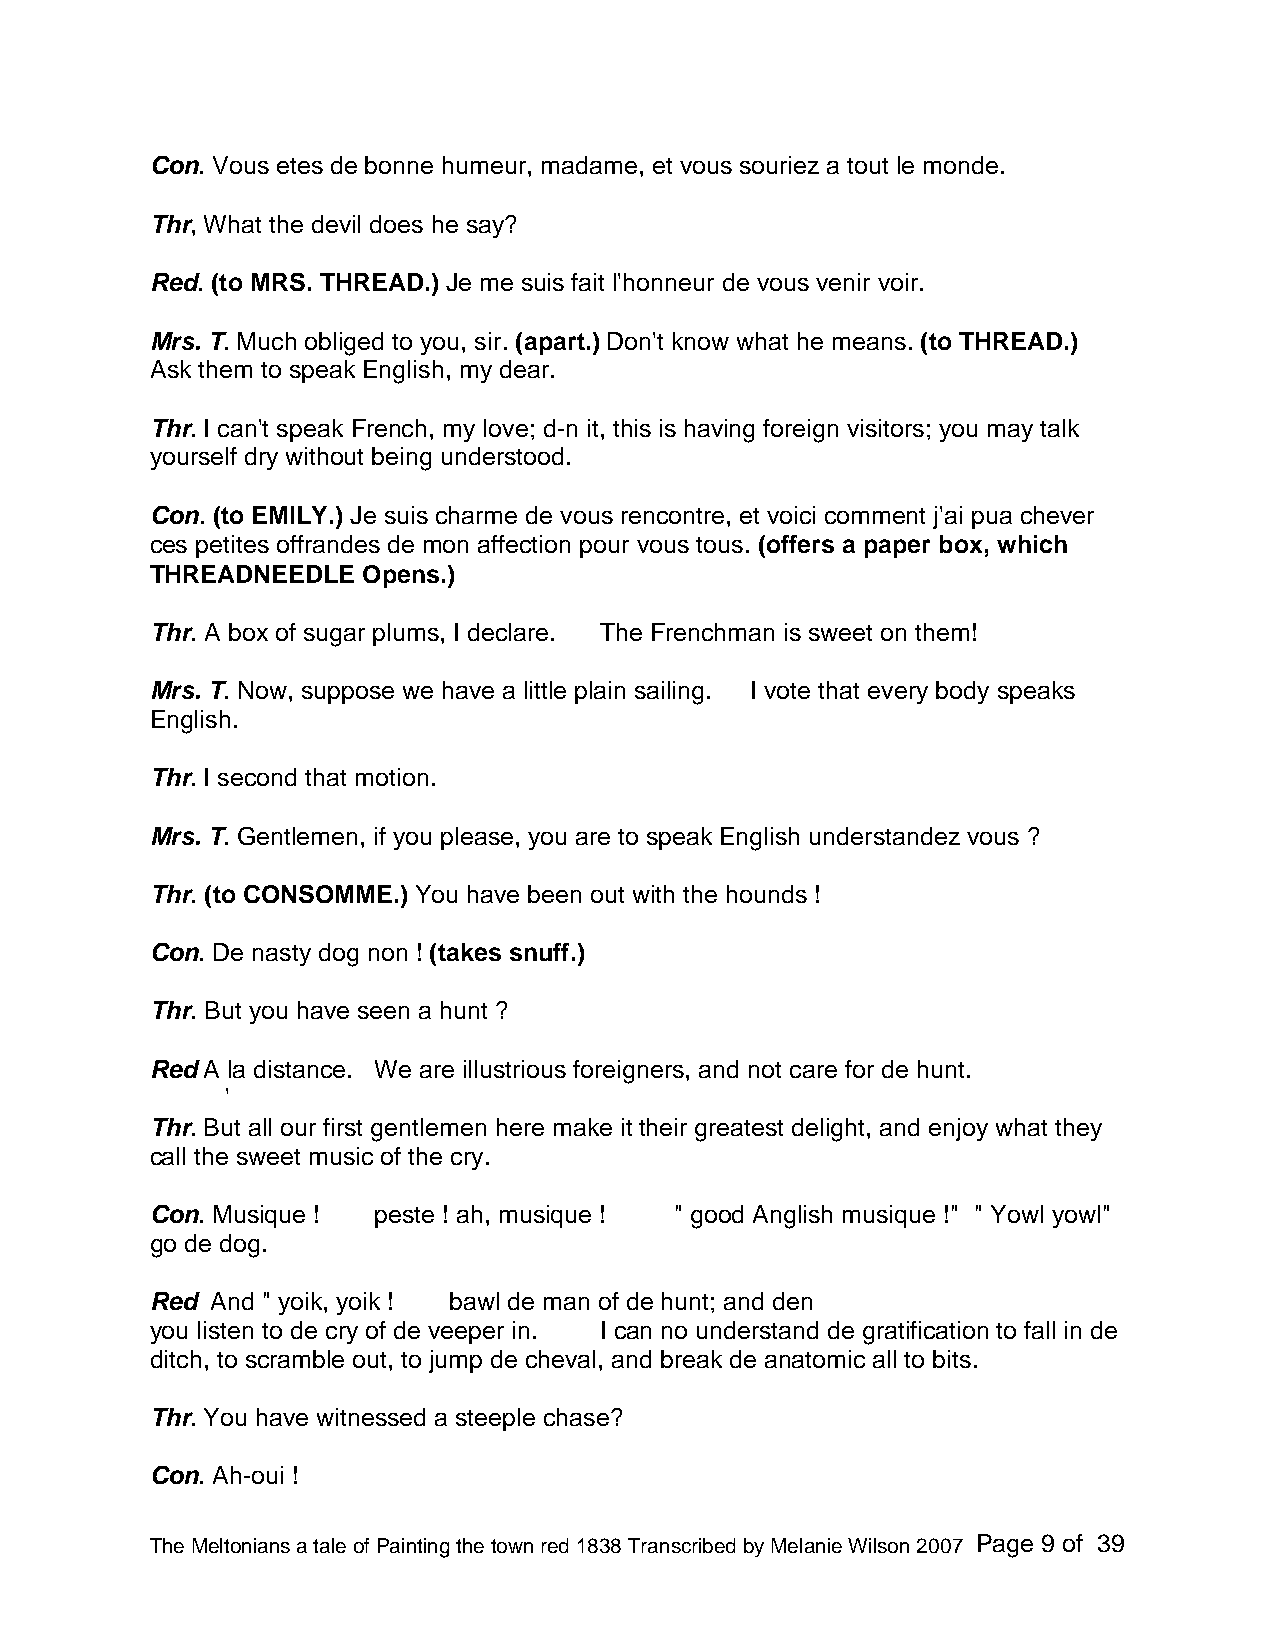
Con. Vous etes de bonne humeur, madame, et vous souriez a tout le monde.
 Thr, What the devil does he say?
 Red. (to MRS. THREAD.) Je me suis fait l'honneur de vous venir voir.
 Mrs. T. Much obliged to you, sir. (apart.) Don't know what he means. (to THREAD.)
 Ask them to speak English, my dear.
 Thr. I can't speak French, my love; d-n it, this is having foreign visitors; you may talk
 yourself dry without being understood.
 Con. (to EMILY.) Je suis charme de vous rencontre, et voici comment j'ai pua chever
 ces petites offrandes de mon affection pour vous tous. (offers a paper box, which
 THREADNEEDLE  Opens.)
 Thr. A box of sugar plums, I declare. The Frenchman is sweet on them!
 Mrs. T. Now, suppose we have a little plain sailing. I vote that every body speaks
 English.
 Thr. I second that motion.
 Mrs. T. Gentlemen, if you please, you are to speak English understandez vous ?
 Thr. (to CONSOMME.) You have been out with the hounds !
 Con. De nasty dog non ! (takes snuff.)
 Thr. But you have seen a hunt ?
 Red A la distance. We are illustrious foreigners, and not care for de hunt.
 '
 Thr. But all our first gentlemen here make it their greatest delight, and enjoy what they
 call the sweet music of the cry.
 Con. Musique ! peste ! ah, musique ! " good Anglish musique !" " Yowl yowl"
 go de dog.
 Red And " yoik, yoik ! bawl de man of de hunt; and den
 you listen to de cry of de veeper in. I can no understand de gratification to fall in de
 ditch, to scramble out, to jump de cheval, and break de anatomic all to bits.
 Thr. You have witnessed a steeple chase?
 Con. Ah-oui !
 The Meltonians a tale of Painting the town red 1838 Transcribed by Melanie Wilson 2007 Page 9 of 39